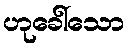
ဟုခေါ်သော